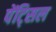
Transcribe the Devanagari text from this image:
पेंट्सिल